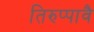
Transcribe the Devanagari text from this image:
तिरुप्पावै